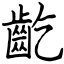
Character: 齕